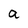
Character: a